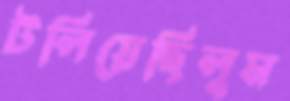
টলিয়েছিলুম